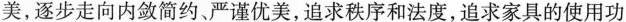
美，逐步走向内敛简约、严谨优美，追求秩序和法度，追求家具的使用功